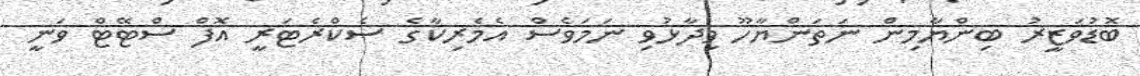
ބޮޑުވަޒީރު ބިންޔާމިން ނަތަންޔާހޫ ވިދާޅުވި ނަމަވެސް އެމެރިކާގެ ސެކްރެޓަރީ އޮފް ސްޓޭޓް ވަނީ